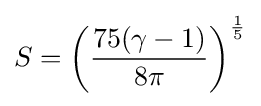
S=\left({\frac {75(\gamma -1)}{8\pi }}\right)^{\frac {1}{5}}